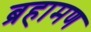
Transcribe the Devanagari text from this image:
ब्रहामण